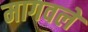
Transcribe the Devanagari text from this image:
मागवले